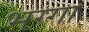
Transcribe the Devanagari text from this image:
भग्गा